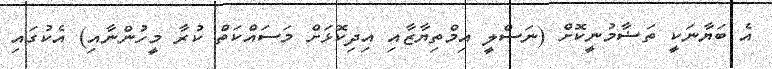
އެ ބަޔާނަކީ ތަޟާމުނީކޮށް (ނަސްލީ އިމްތިޔާޒާއި އިދިކޮޅަށް މަސައްކަތް ކުރާ މީހުންނާއި) އެކުގައި